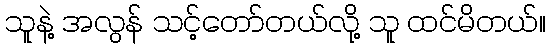
သူနဲ့ အလွန် သင့်တော်တယ်လို့ သူ ထင်မိတယ်။